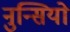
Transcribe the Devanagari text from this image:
नुन्सियो